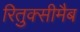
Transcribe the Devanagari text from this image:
रितुक्सीमैब